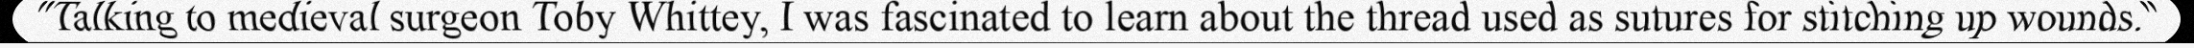
"Talking to medieval surgeon Toby Whittey, I was fascinated to learn about the thread used as sutures for stitching up wounds."